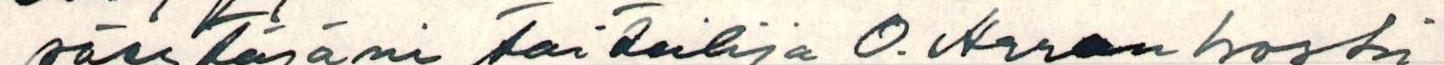
säestäjäni taiteilija O. Karankoski